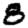
Digit: 8